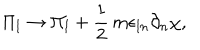
\Pi _ { l } \rightarrow \Pi _ { l } + \frac { 1 } { 2 } \, m \epsilon _ { l n } \partial _ { n } \chi ,